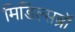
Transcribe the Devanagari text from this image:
मिडिल्सब्रॉ